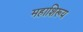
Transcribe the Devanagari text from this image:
महाशिरूय